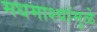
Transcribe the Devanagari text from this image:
मधमाश्यांमुळे